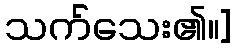
သက်သေး၏။]